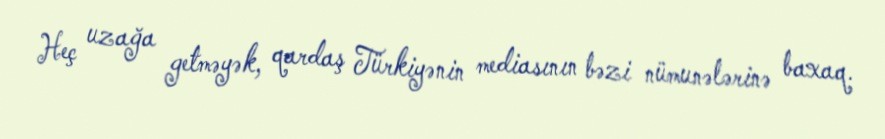
Heç uzağa getməyək, qardaş Türkiyənin mediasının bəzi nümunələrinə baxaq.